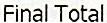
FINAL TOTAL